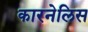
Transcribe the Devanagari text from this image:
कारनेलिस